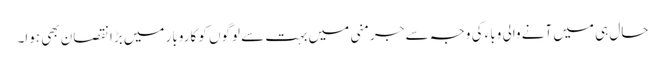
حال ہی میں آنے والی وباء کی وجہ سے جرمنی میں بہت سے لوگوں کو کاروبار میں بڑا نقصان بھی ہوا۔